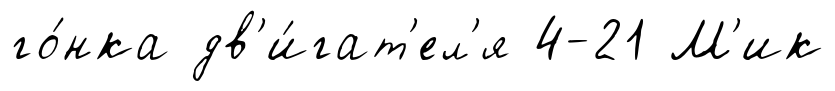
го́нка дв'и́гат'ел'я 4-21 М'ик